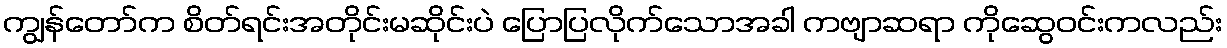
ကျွန်တော်က စိတ်ရင်းအတိုင်းမဆိုင်းပဲ ပြောပြလိုက်သောအခါ ကဗျာဆရာ ကိုဆွေဝင်းကလည်း